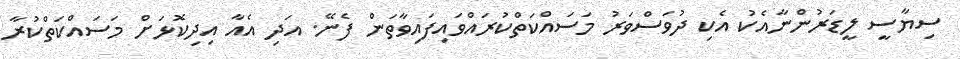
ސިޔާސީ ލީޑަރުންނާއެކު އެކި ދުވަސްވަރު މަސައްކަތްކުރައްވައިފައިވާތަން ފެނޭ. އަދި އެއާ އިދިކޮޅަށް މަސައްކަތްކުރާ